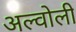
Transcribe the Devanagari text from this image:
अल्वोली